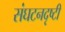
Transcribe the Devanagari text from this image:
संघटनदृष्टी